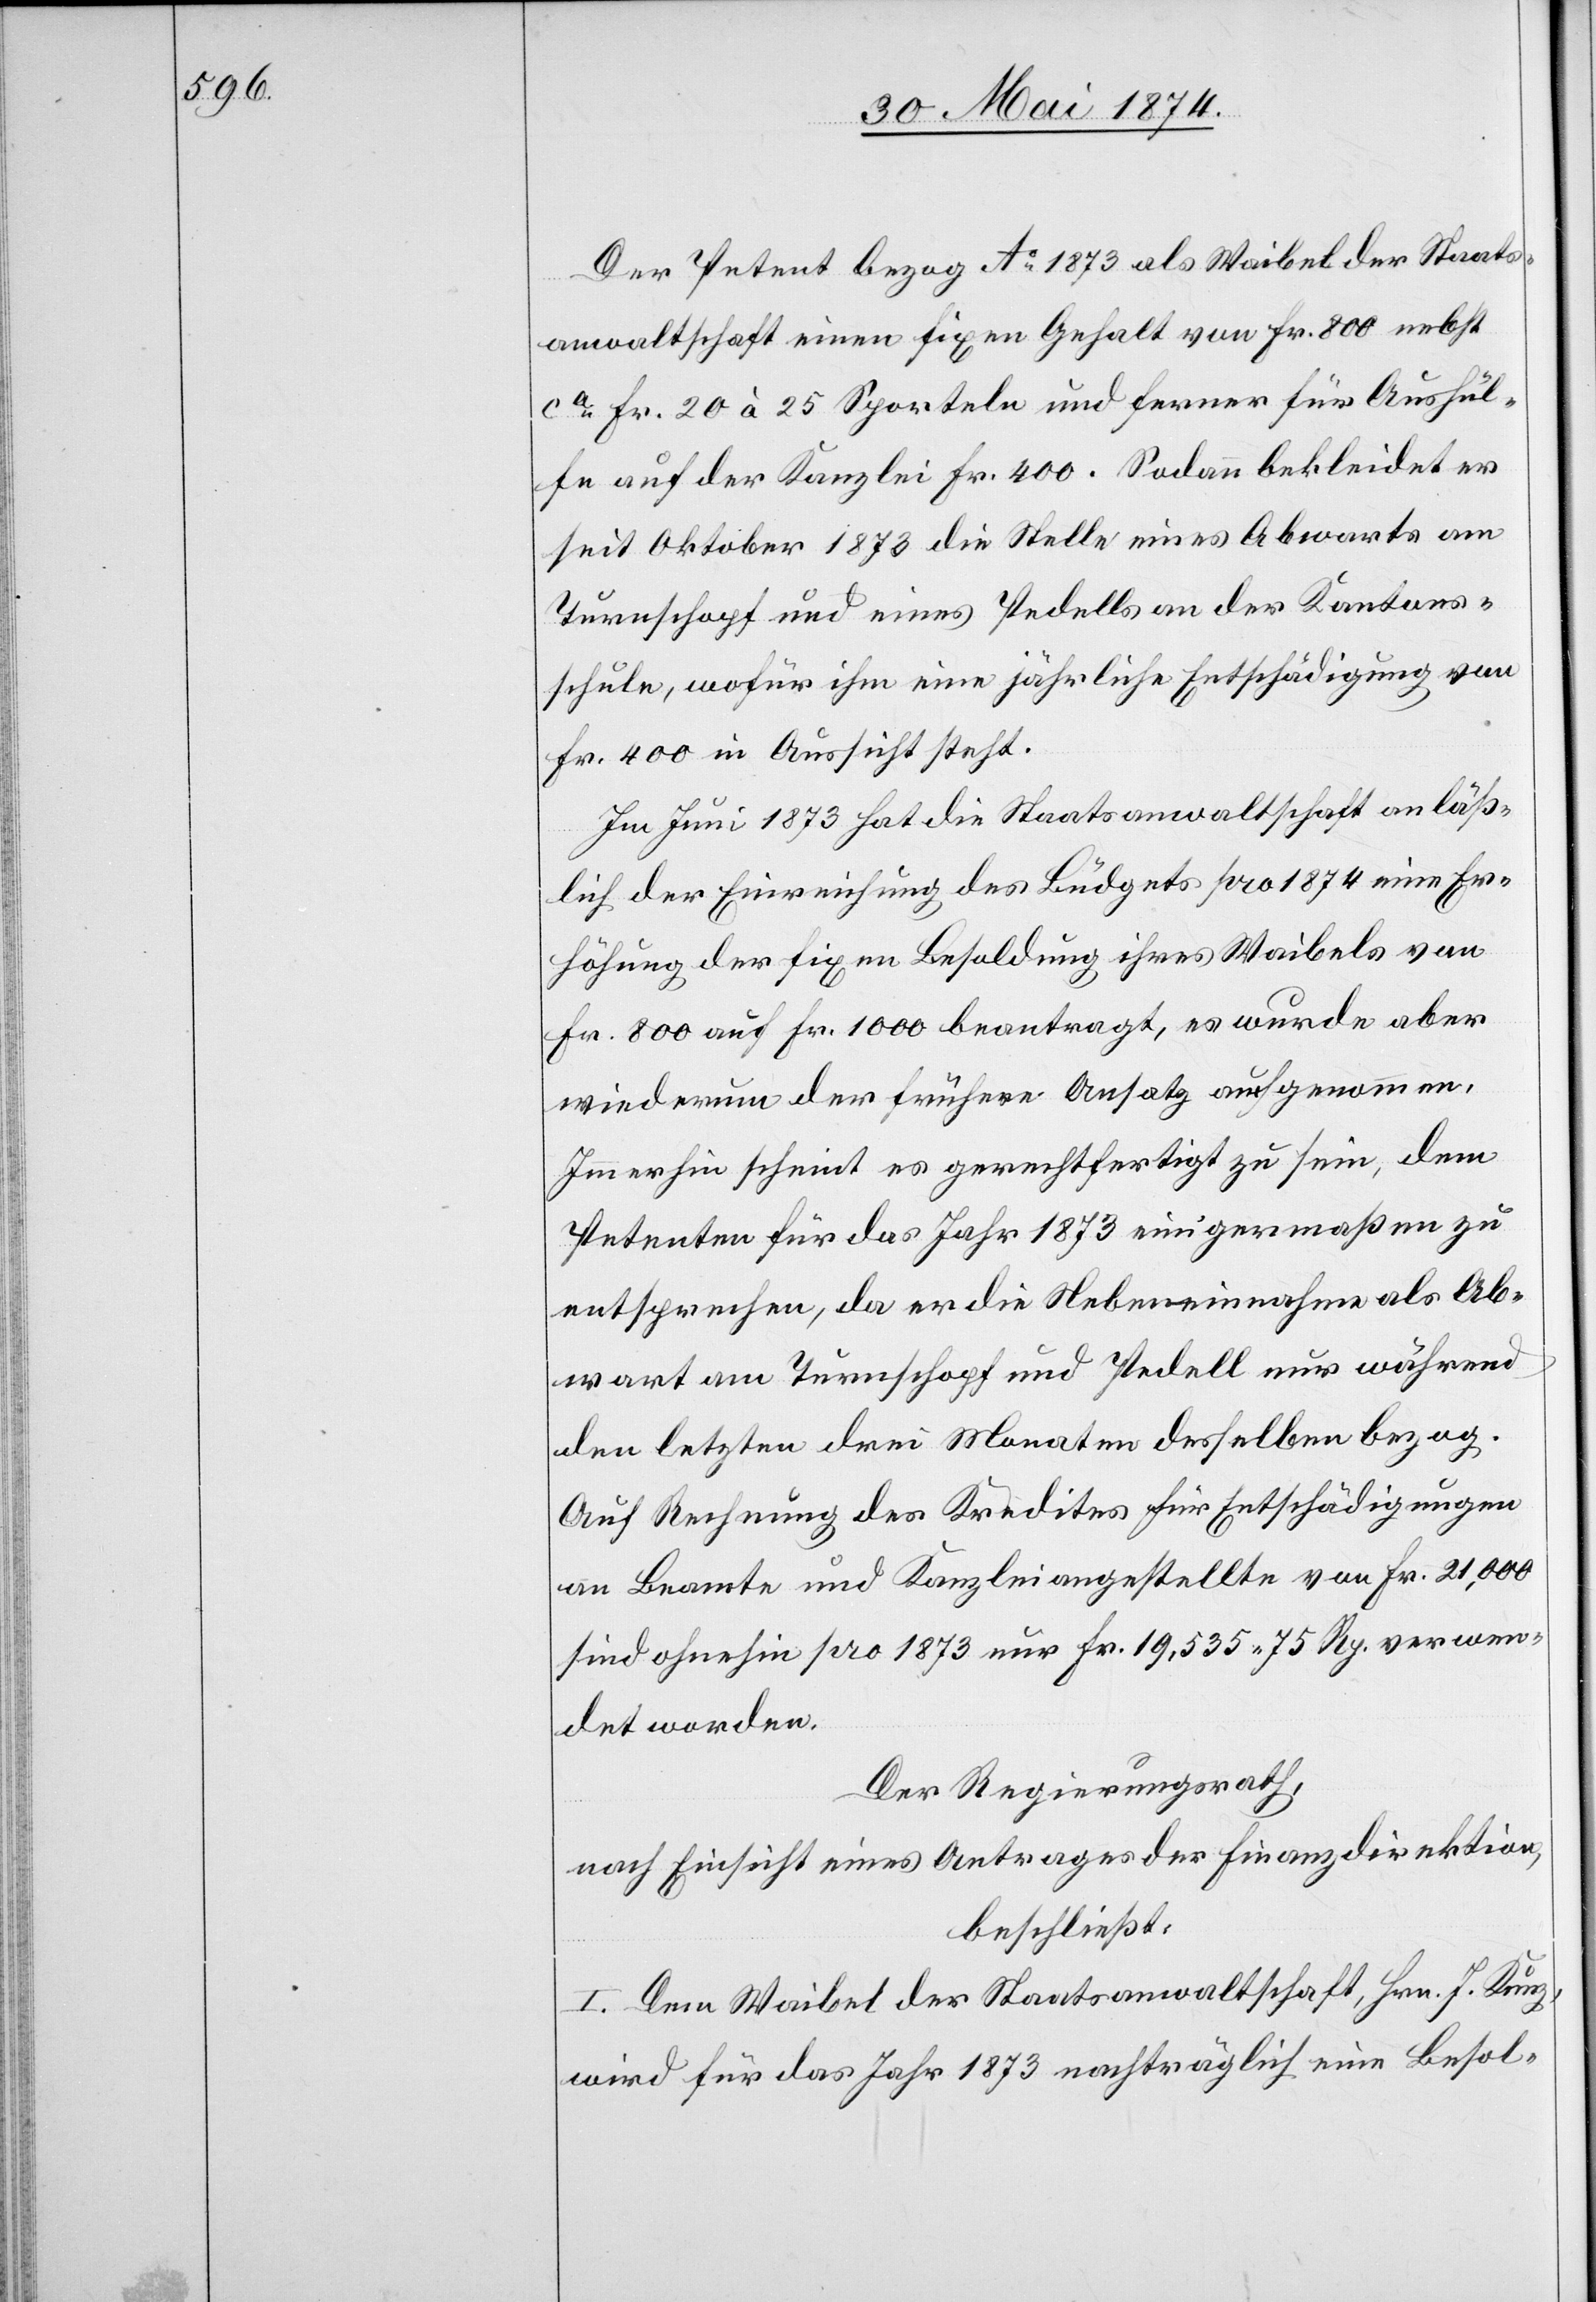
Der Petent bezog Ao 1873 als Waibel der Staats¬
anwaltschaft einen fixen Gehalt von Fr. 800 nebst
ca Fr. 20 à 25 Sporteln und ferner für Aushül¬
fe auf der Kanzlei Fr. 400. Sodann bekleidet er
seit Oktober 1873 die Stelle eines Abwarts am
Turnschopf und eines Pedells an der Kantons¬
schule, wofür ihm eine jährliche Entschädigung von
Fr. 400 in Aussicht steht.
Im Juni 1873 hat die Staatsanwaltschaft anläß¬
lich der Einreichung des Büdgets pro 1874 eine Er¬
höhung der fixen Besoldung ihres Waibels von
Fr. 800 auf Fr. 1000 beantragt, es wurde aber
wiederum der frühere Ansatz aufgenommen.
Immerhin scheint es gerechtfertigt zu sein, dem
Petenten für das Jahr 1873 einigermaßen zu
entsprechen, da er die Nebeneinnahme als Ab¬
wart am Turnschopf und Pedell nur während
den letzten drei Monaten desselben bezog.
Auf Rechnung des Kredites für Entschädigungen
an Beamte und Kanzleiangestellte von Fr. 21,000
sind ohnehin pro 1873 nur Fr. 19,535.75 Rp. verwen¬
det worden.
Der Regierungsrath,
nach Einsicht eines Antrages der Finanzdirektion,
beschließt:
I. Dem Waibel der Staatsanwaltschaft, Hrn. J. Kunz,
wird für das Jahr 1873 nachträglich eine Besol-